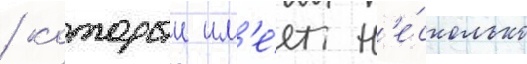
/ которыи им'е́ет н'е́сколько